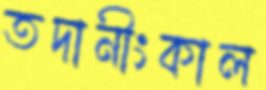
তদানীংকাল